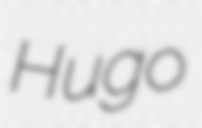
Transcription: Hugo